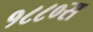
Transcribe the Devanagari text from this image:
१८८०स